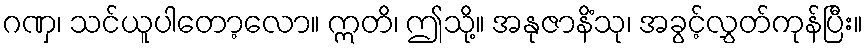
ဂဏှ၊ သင်ယူပါတော့လော။ ဣတိ၊ ဤသို့။ အနုဇာနိံသု၊ အခွင့်လွှတ်ကုန်ပြီး။